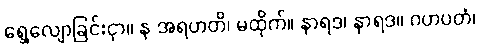
ရွေ့လျောခြင်းငှာ။ န အရဟတိ၊ မထိုက်။ နာရဒ၊ နာရဒ။ ဂဟပတံ၊